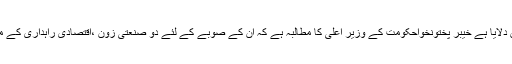
وفاقی وزیر منصوبہ بندی نے تحفظات دور کرنے کا یقین دلایا ہے خیبر پختونخواحکومت کے وزیر اعلیٰ کا مطالبہ ہے کہ ان کے صوبے کے لئے دو صنعتی زون ،اقتصادی راہداری کے منصوبے میں شامل کئے جائیں ،یہ ایک اچھی کوشش ہے۔